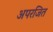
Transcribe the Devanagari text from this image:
अपरजित